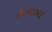
કાનભા